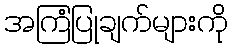
အကြံပြုချက်များကို